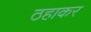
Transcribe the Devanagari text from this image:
ठहाकर